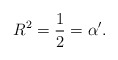
\begin{align*}R^2 = \frac{1}{2} = \alpha^\prime .\end{align*}